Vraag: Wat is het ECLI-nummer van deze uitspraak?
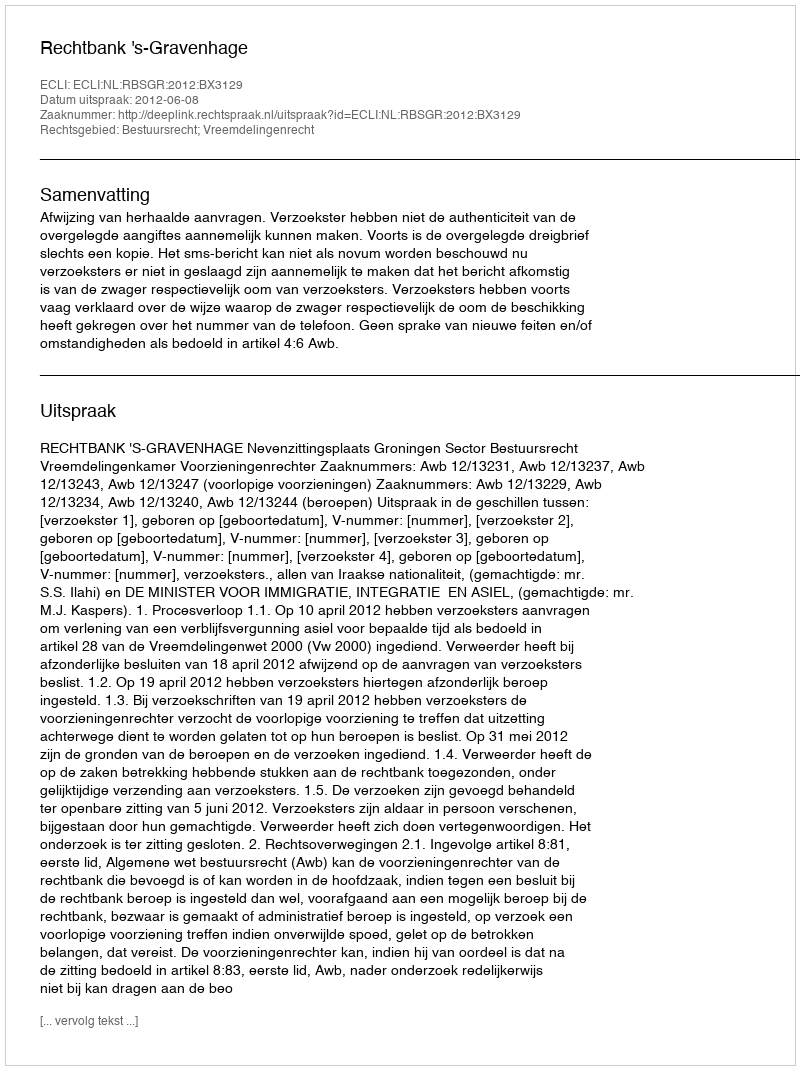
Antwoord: ECLI:NL:RBSGR:2012:BX3129